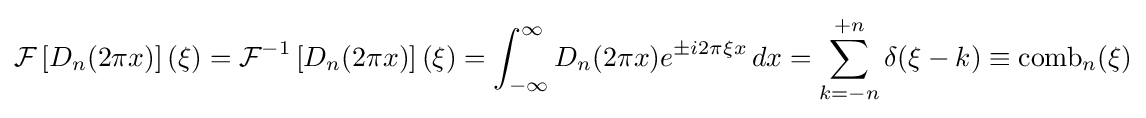
{\mathcal {F}}\left[D_{n}(2\pi x)\right](\xi )={\mathcal {F}}^{-1}\left[D_{n}(2\pi x)\right](\xi )=\int _{-\infty }^{\infty }D_{n}(2\pi x)e^{\pm i2\pi \xi x}\,dx=\sum _{k=-n}^{+n}\delta (\xi -k)\equiv \operatorname {comb} _{n}(\xi )